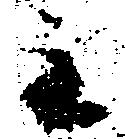
主